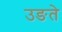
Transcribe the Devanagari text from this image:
उङते